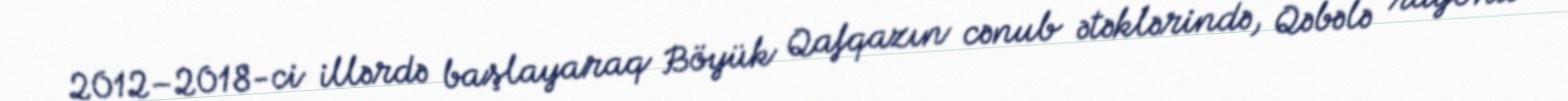
2012–2018-ci illərdə başlayaraq Böyük Qafqazın cənub ətəklərində, Qəbələ rayonu